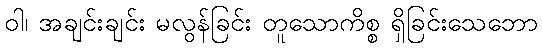
ဝါ၊ အချင်းချင်း မလွန်ခြင်း တူသောကိစ္စ ရှိခြင်းသေဘော